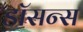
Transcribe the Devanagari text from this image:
डॉसन्स